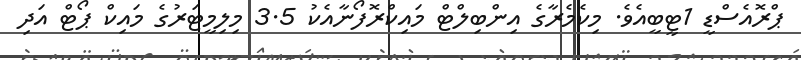
ޕްރޮއެސްޑީ 1ޓީބީއެވެ. މިކެމެރާގެ އިންބިލްޓް މައިކްރޮފޯނާއެކު 3.5 މިލިމީޓަރުގެ މައިކް ޕޯޓް އަދި